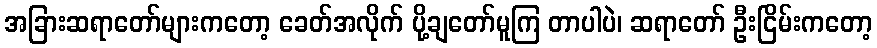
အခြားဆရာတော်များကတော့ ခေတ်အလိုက် ပို့ချတော်မူကြ တာပါပဲ၊ ဆရာတော် ဦးငြိမ်းကတော့